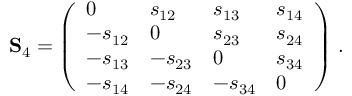
\mathbf { S } _ { 4 } = \left( \begin{array} { l l l l } { 0 } & { s _ { 1 2 } } & { s _ { 1 3 } } & { s _ { 1 4 } } \\ { - s _ { 1 2 } } & { 0 } & { s _ { 2 3 } } & { s _ { 2 4 } } \\ { - s _ { 1 3 } } & { - s _ { 2 3 } } & { 0 } & { s _ { 3 4 } } \\ { - s _ { 1 4 } } & { - s _ { 2 4 } } & { - s _ { 3 4 } } & { 0 } \end{array} \right) \, .